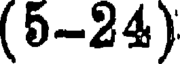
(5-24)